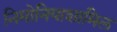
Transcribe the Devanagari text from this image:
निमोनियाशामिल